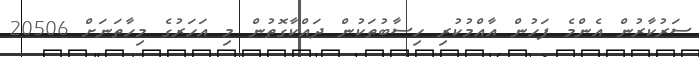
ސަރުކާރުން އެންމެ ފަހުން އާއްމުކުރި ހިސާބުތަކުން ދައްކާގޮތުން މި އަހަރުގެ މިހާތަނަށް 20506